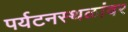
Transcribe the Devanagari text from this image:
पर्यटनस्थळांवर